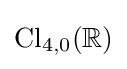
\operatorname {Cl} _{4,0}(\mathbb {R} )